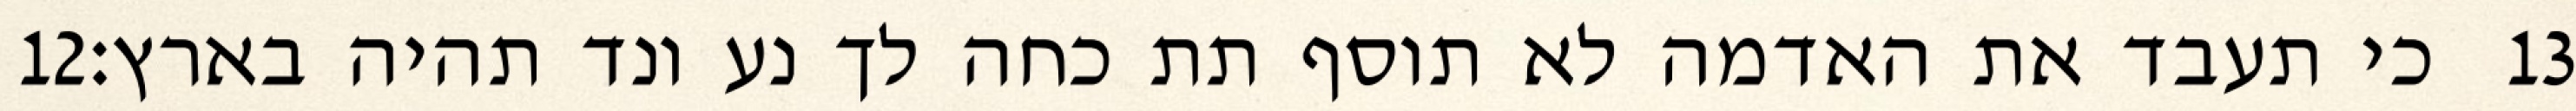
‎12‏ כי תעבד את האדמה לא תוסף תת כחה לך נע ונד תהיה בארץ׃ ‎13‏